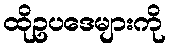
ထိုဥပဒေများကို